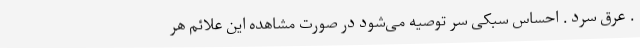
. عرق سرد . احساس سبُکی سر توصیه می‌شود در صورت مشاهده این علائم هر